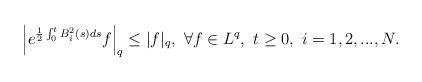
LaTeX: \begin{align*}\left|e^{\frac{1}{2}\int_0^tB_i^2(s)ds}f\right|_q\leq |f|_q,\ \forall f\in L^q,\ t\geq0,\ i=1,2,...,N.\end{align*}